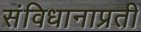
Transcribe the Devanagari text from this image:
संविधानाप्रती